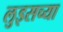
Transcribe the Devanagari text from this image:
लुइसच्या